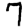
Digit: 7